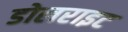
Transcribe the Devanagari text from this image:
डोलराइट